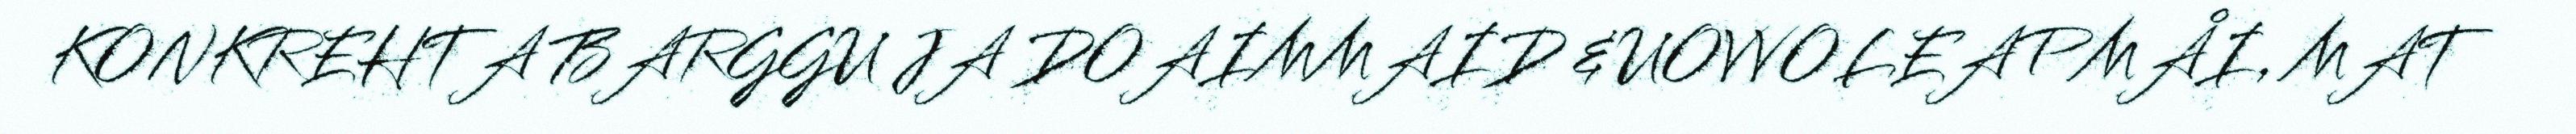
KONKREHTA BARGGU JA DOAIMMAID &UOVVOLEAPMÅI, MAT